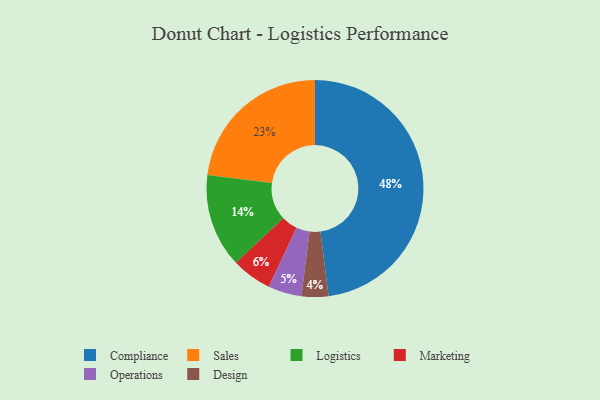
{"axis": {"x": "Category", "y": "Percentage"}, "legend": ["Compliance", "Design", "Logistics", "Marketing", "Operations", "Sales"], "data": [{"x": "Operations", "y": 5, "type": "Operations"}, {"x": "Marketing", "y": 6, "type": "Marketing"}, {"x": "Design", "y": 4, "type": "Design"}, {"x": "Sales", "y": 23, "type": "Sales"}, {"x": "Compliance", "y": 48, "type": "Compliance"}, {"x": "Logistics", "y": 14, "type": "Logistics"}]}